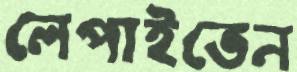
লেপাইতেন